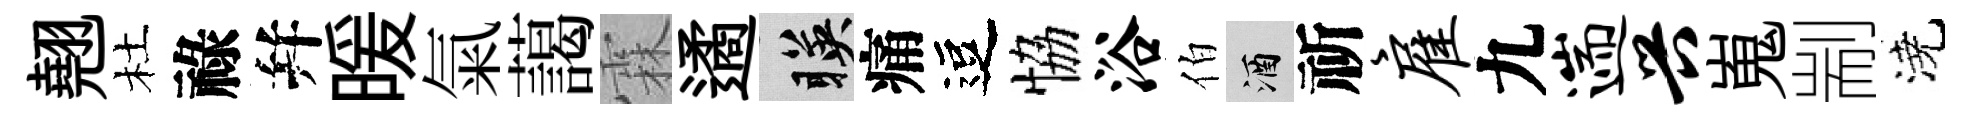
翹杜祿幷暖氣藹霖遹暎痛逗恊浴伯酒祈雇九遄兴嵬剬澆